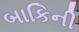
બાકિની